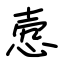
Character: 悫